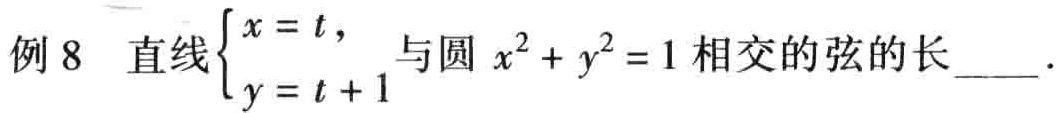
例 8 直线$\begin{cases}x = t,\\y = t + 1\end{cases}$与圆$x^{2}+y^{2}=1$相交的弦的长____.